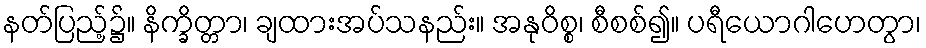
နတ်ပြည့်၌။ နိက္ခိတ္တာ၊ ချထားအပ်သနည်း။ အနုဝိစ္စ၊ စီစစ်၍။ ပရီယောဂါဟေတွာ၊